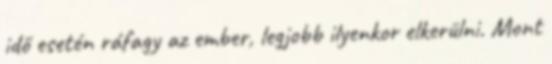
idő esetén ráfagy az ember, legjobb ilyenkor elkerülni. Mont